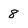
Character: 8